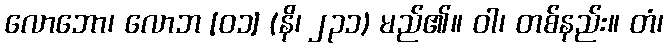
လောဘော၊ လောဘ [၀၁] (နိ၊ ၂၃၁) မည်၏။ ဝါ၊ တစ်နည်း။ တံ၊